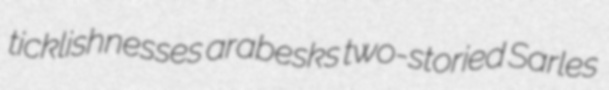
ticklishnesses arabesks two-storied Sarles